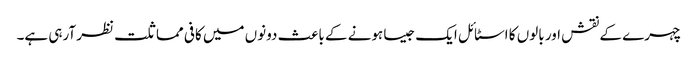
چہرے کے نقش اور بالوں کا اسٹائل ایک جیسا ہونے کے باعث دونوں میں کافی مماثلت نظر آرہی ہے۔